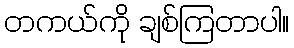
တကယ်ကို ချစ်ကြတာပါ။